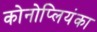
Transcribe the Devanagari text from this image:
कोनोप्लियंका